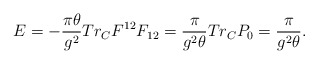
\begin{align*}E=-\frac{\pi\theta}{g^2}Tr_{C}F^{12}F_{12}=\frac{\pi}{g^2\theta}Tr_{C}P_0=\frac{\pi}{g^2\theta}.\end{align*}